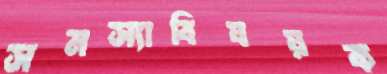
সমস্যাবিষয়ক